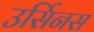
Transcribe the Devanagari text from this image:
उर्सिनस